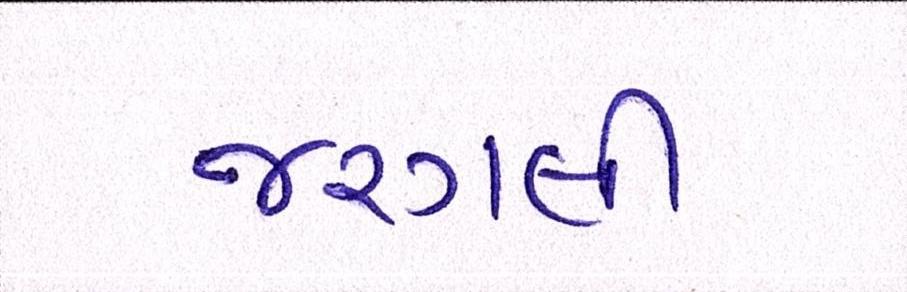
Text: જરગલી